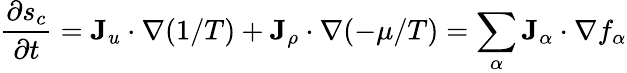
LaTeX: {\frac{\partial s_{c}}{\partial t}}=\mathbf{J}_{u}\cdot\nabla(1/T)+\mathbf{J}_{\rho}\cdot\nabla(-\mu/T)=\sum_{\alpha}\mathbf{J}_{\alpha}\cdot\nabla f_{\alpha}